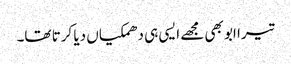
تیرا ابو بھی مجھے ایسی ہی دھمکیاں دیا کرتا تھا۔